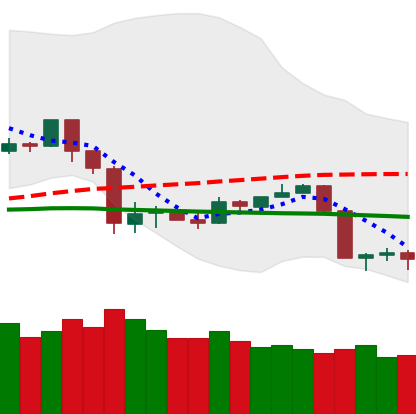
Ticker: TRX-USD
Chart end date: 2020-03-11
Forward return: -35.551%
Label: down_7plus